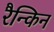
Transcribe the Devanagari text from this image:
रैन्किन